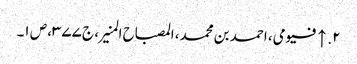
۲. ↑ فیومی، احمد بن محمد، المصباح المنیر، ج ۳۷۷، ص ۱۔